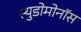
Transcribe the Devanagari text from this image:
स्युडोमोनॉस